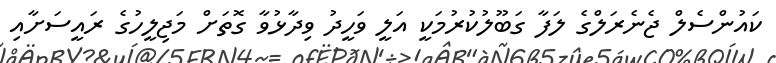
ކައުންސެލް ޖެނެރަލްގެ ލަފާ ގަބޫލުކުރުމަކީ އަލީ ވަހީދު ވިދާޅުވާ ގޮތަށް މަޖިލީހުގެ ރައީސަށާއި